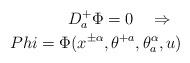
LaTeX: \begin{align*}D^+_a \Phi = 0 \ \ \ \Rightarrow \ \ \\Phi=\Phi(x^{\pm\alpha},\theta^{+ a}, \theta^\alpha_a, u)\end{align*}